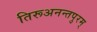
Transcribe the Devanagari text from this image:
तिरूअनन्तपुरम्